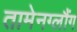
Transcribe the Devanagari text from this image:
तामेनग्लौंग